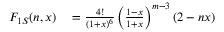
\begin{array} { r l } { F _ { 1 S } ( n , x ) } & { { } = \frac { 4 ! } { ( 1 + x ) ^ { 6 } } \left( \frac { 1 - x } { 1 + x } \right) ^ { m - 3 } ( 2 - n x ) } \end{array}